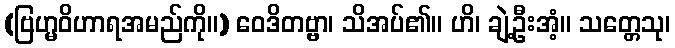
(ဗြဟ္မဝိဟာရအမည်ကို။) ဝေဒိတဗ္ဗာ၊ သိအပ်၏။ ဟိ၊ ချဲ့ဦးအံ့။ သတ္တေသု၊